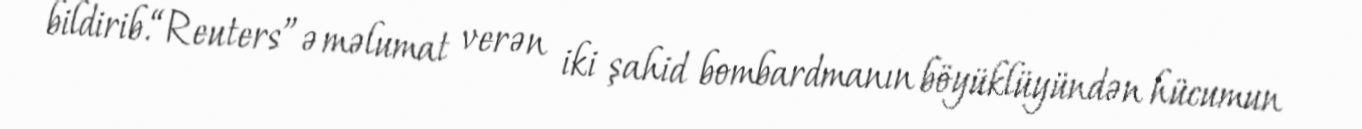
bildirib.“Reuters”ə məlumat verən iki şahid bombardmanın böyüklüyündən hücumun